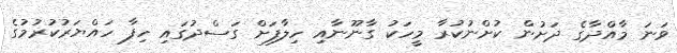
ވަނަ މާއްދާގެ ދަށުން ކުށްނުކުރާ މީހަކު ގާނޫނާއި ހިލާފަށް ގަސްދުގައި ހިފާ ހައްޔަރުކުރުމުގެ